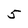
Character: 5